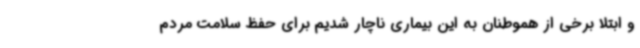
و ابتلا برخی از هموطنان به این بیماری ناچار شدیم برای حفظ سلامت مردم